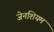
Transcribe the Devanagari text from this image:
जेनशियम